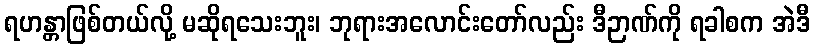
ရဟန္တာဖြစ်တယ်လို့ မဆိုရသေးဘူး၊ ဘုရားအလောင်းတော်လည်း ဒီဉာဏ်ကို ရခါစက အဲဒီ